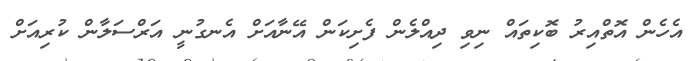
އެހެން އޮތްއިރު ބޮކިތައް ނިވި ދިއްލެން ފެށިކަން އޭނާއަށް އެނގުނީ އަރްސަލާން ކުރިއަށް